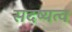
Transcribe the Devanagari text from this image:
सदष्यत्व